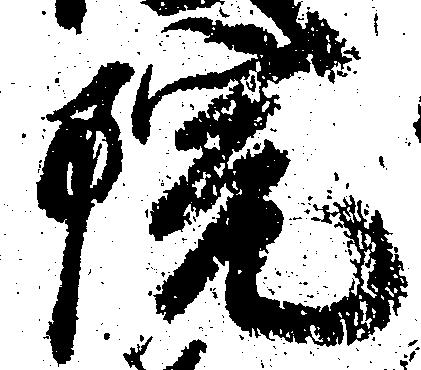
院